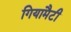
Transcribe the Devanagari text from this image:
गियामैटी